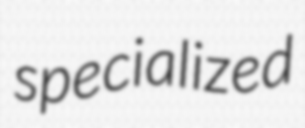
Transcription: specialized